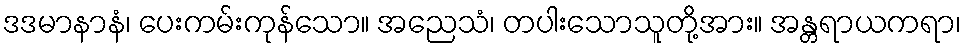
ဒဒမာနာနံ၊ ပေးကမ်းကုန်သော။ အညေသံ၊ တပါးသောသူတို့အား။ အန္တရာယကရာ၊